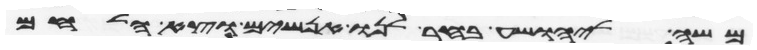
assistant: משה ליהושע בחר לנו אנשים וצא הלחם